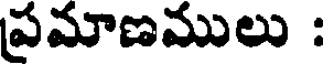
ప్రమాణములు :